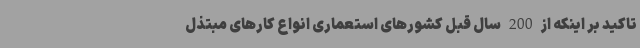
تاکید بر اینکه از 200 سال قبل کشورهای استعماری انواع کارهای مبتذل